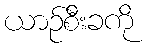
ယာဉ်စီးခကို